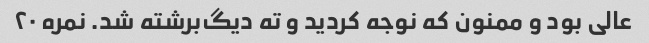
عالی بود و ممنون که نوجه کردید و ته دیگ‌برشته شد. نمره ۲۰